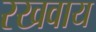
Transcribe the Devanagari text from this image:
रखवाय